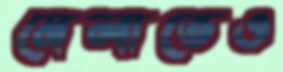
মেলাতেও